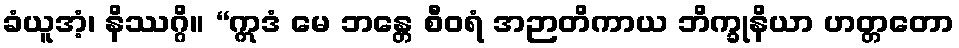
ခံယူအံ့၊ နိဿဂ္ဂိ။ “ဣဒံ မေ ဘန္တေ စီဝရံ အဉာတိကာယ ဘိက္ခုနိယာ ဟတ္တတော